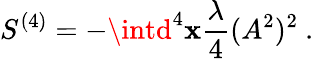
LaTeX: S^{(4)}=-\intd^{4}\mathbf{x}\frac{{\lambda}}{{4}}(A^{2})^{2}\ .